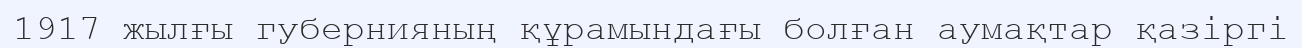
1917 жылғы губернияның құрамындағы болған аумақтар қазіргі